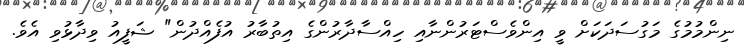
ނިންމުމުގެ މަގުސަދަކަށް ވީ އިންވެސްޓަރުންނާއި ހިއްސާދާރުންގެ އިތުބާރު އުފެއްދުން" ޝަފީއު ވިދާޅުވި އެވެ.